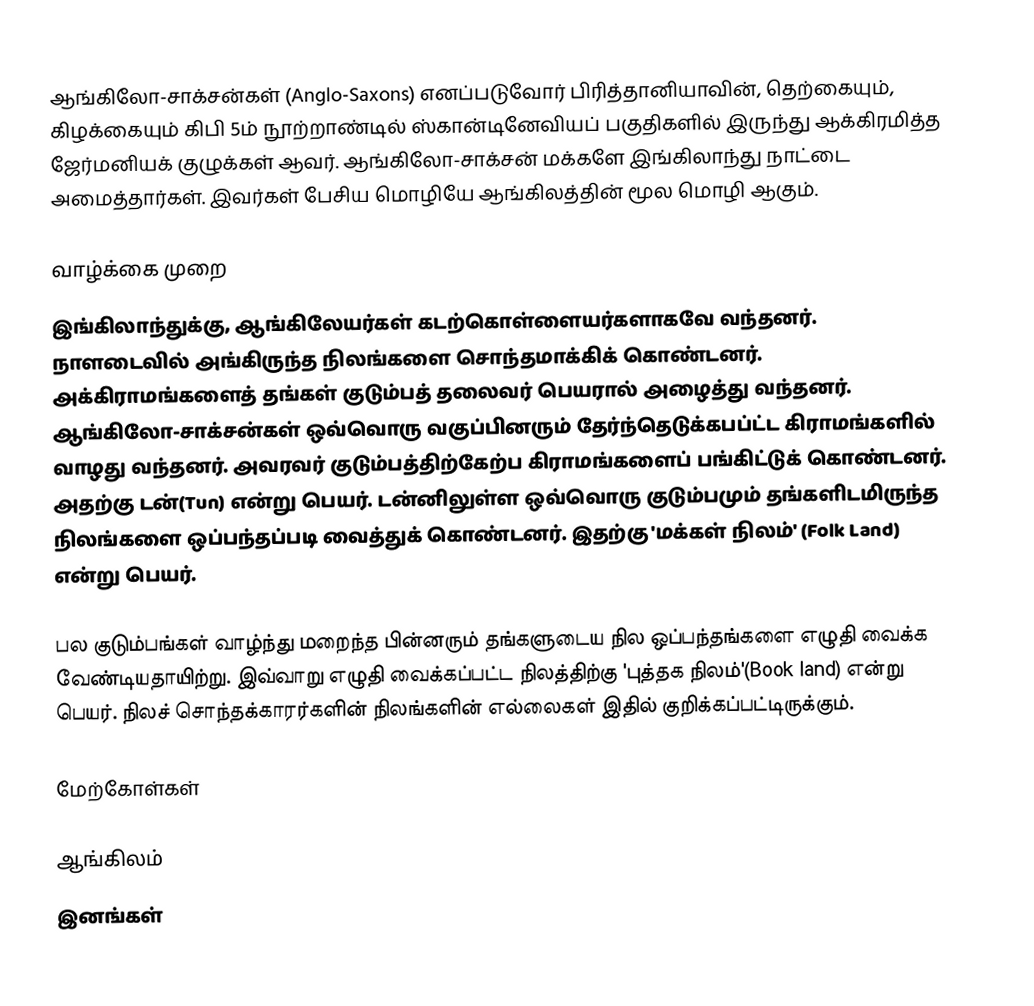
ஆங்கிலோ-சாக்சன்கள் (Anglo-Saxons) எனப்படுவோர் பிரித்தானியாவின், தெற்கையும், கிழக்கையும் கிபி 5ம் நூற்றாண்டில் ஸ்கான்டினேவியப் பகுதிகளில் இருந்து ஆக்கிரமித்த ஜேர்மனியக் குழுக்கள் ஆவர். ஆங்கிலோ-சாக்சன் மக்களே இங்கிலாந்து நாட்டை அமைத்தார்கள். இவர்கள் பேசிய மொழியே ஆங்கிலத்தின் மூல மொழி ஆகும்.

வாழ்க்கை முறை
இங்கிலாந்துக்கு, ஆங்கிலேயர்கள் கடற்கொள்ளையர்களாகவே வந்தனர். நாளடைவில் அங்கிருந்த நிலங்களை சொந்தமாக்கிக் கொண்டனர். அக்கிராமங்களைத் தங்கள் குடும்பத் தலைவர் பெயரால் அழைத்து வந்தனர். ஆங்கிலோ-சாக்சன்கள் ஒவ்வொரு வகுப்பினரும் தேர்ந்தெடுக்கபப்ட்ட கிராமங்களில் வாழது வந்தனர். அவரவர் குடும்பத்திற்கேற்ப கிராமங்களைப் பங்கிட்டுக் கொண்டனர். அதற்கு டன்(Tun) என்று பெயர். டன்னிலுள்ள ஒவ்வொரு குடும்பமும் தங்களிடமிருந்த நிலங்களை ஒப்பந்தப்படி வைத்துக் கொண்டனர். இதற்கு 'மக்கள் நிலம்' (Folk Land) என்று பெயர்.

பல குடும்பங்கள் வாழ்ந்து மறைந்த பின்னரும் தங்களுடைய நில ஒப்பந்தங்களை எழுதி வைக்க வேண்டியதாயிற்று. இவ்வாறு எழுதி வைக்கப்பட்ட நிலத்திற்கு 'புத்தக நிலம்'(Book land) என்று பெயர். நிலச் சொந்தக்காரர்களின் நிலங்களின் எல்லைகள் இதில் குறிக்கப்பட்டிருக்கும்.

மேற்கோள்கள்

ஆங்கிலம்
இனங்கள்